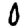
Digit: 0